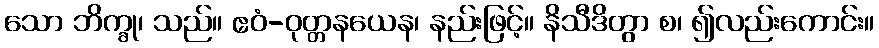
သော ဘိက္ခု၊ သည်။ ဧဝံ-ဝုတ္တနယေန၊ နည်းဖြင့်။ နိသီဒိတွာ စ၊ ၍လည်းကောင်း။